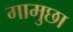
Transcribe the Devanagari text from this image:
गामुछा